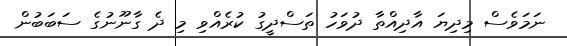
ނަމަވެސް މިދިޔަ އާދިއްތާ ދުވަހު ތަސްދީގު ކުރެއްވި މި ދެ ގާނޫނުގެ ސަބަބުން